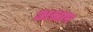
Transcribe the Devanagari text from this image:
अश्राप